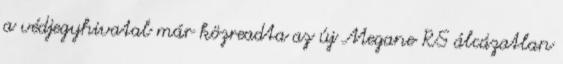
a védjegyhivatal már közreadta az új Megane RS álcázatlan